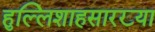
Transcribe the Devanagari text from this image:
हुल्लिशाहसारख्या